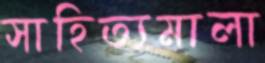
সাহিত্যমালা